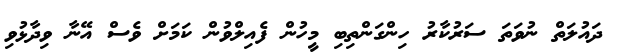
ދައުލަތް ނުވަތަ ސަރުކާރު ހިންގަންތިބި މީހުން ފެއިލްވުން ކަމަށް ވެސް އޭނާ ވިދާޅުވި